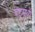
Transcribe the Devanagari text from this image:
बटूमध्ये